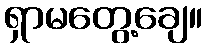
ရှာမတွေ့ချေ။